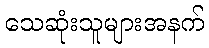
သေဆုံးသူများအနက်